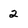
Character: 2